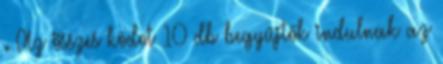
. Az összes kódot 10 db begyűjtők indulnak az